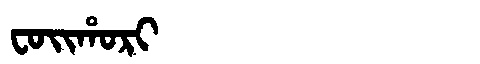
Manchu: ᠸᠣᡳᡥᠣᡵᡳ
Romanization: FOIHORI